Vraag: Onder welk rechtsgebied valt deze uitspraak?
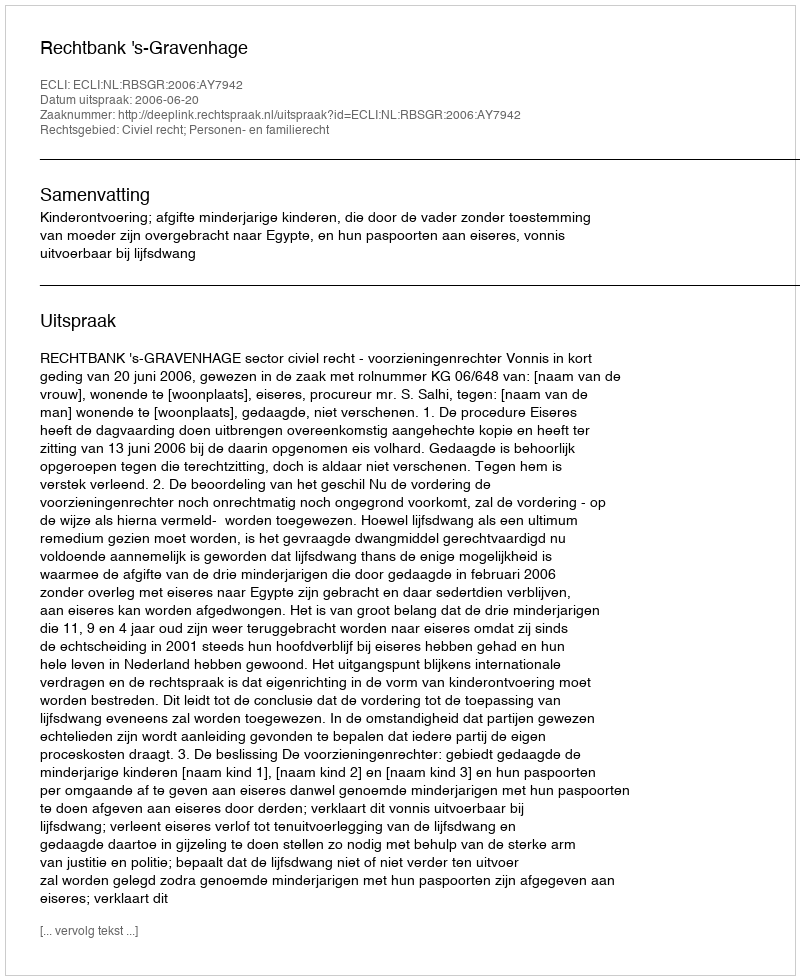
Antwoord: Civiel recht; Personen- en familierecht